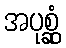
အပုစ္ဆုံ